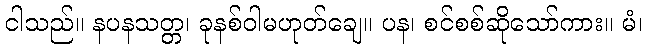
ငါသည်။ နပနသတ္တ၊ ခုနစ်ဝါမဟုတ်ချေ။ ပန၊ စင်စစ်ဆိုသော်ကား။ မံ၊